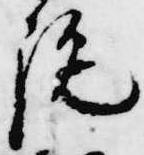
施